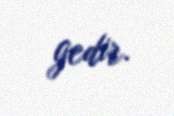
gedir.